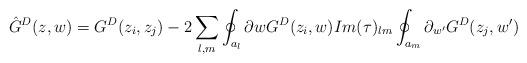
LaTeX: \begin{align*}\hat{G}^D(z, w) =G^D(z_i, z_j)-2\sum_{l, m}\oint_{a_l}\partial{w}G^D(z_i,w)Im(\tau)_{lm}\oint_{a_m}\partial_{w^{\prime}}G^D(z_j, w^{\prime})\end{align*}